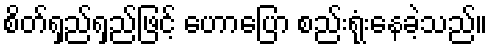
စိတ်ရှည်ရှည်ဖြင့် ဟောပြော စည်းရုံးနေခဲ့သည်။